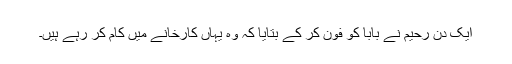
ایک دن رحیم نے بابا کو فون کر کے بتایا کہ وہ یہاں کارخانے میں کام کر رہے ہیں۔